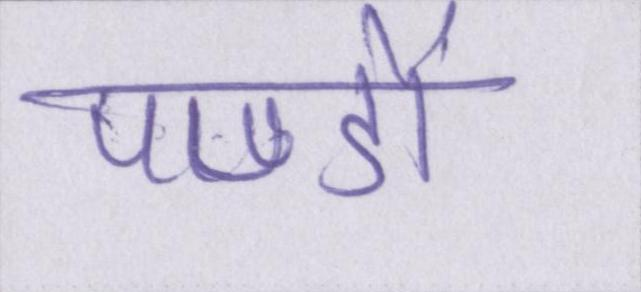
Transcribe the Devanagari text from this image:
पण्डों